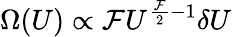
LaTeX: \Omega(U)\propto{\mathcal{F}}U^{{\frac{\mathcal{F}}{2}}-1}\delta U